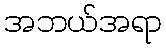
အဘယ်အရာ